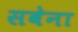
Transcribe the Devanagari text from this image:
सबेना